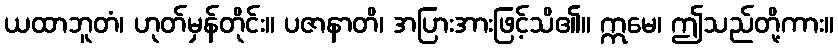
ယထာဘူတံ၊ ဟုတ်မှန်တိုင်း။ ပဇာနာတိ၊ အပြားအားဖြင့်သိ၏။ ဣမေ၊ ဤသည်တို့ကား။